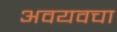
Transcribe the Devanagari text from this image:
अवयवचा